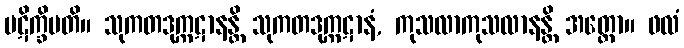
ပဋိက္ခိပတိ။ သုကတဒုက္ကဋာနန္တိ သုကတဒုက္ကဋာနံ, ကုသလာကုသလာနန္တိ အတ္ထော။ ဖလံ